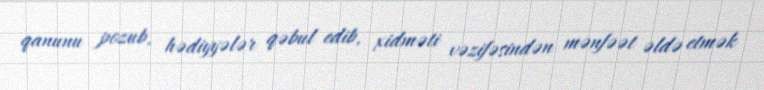
qanunu pozub, hədiyyələr qəbul edib, xidməti vəzifəsindən mənfəət əldə etmək